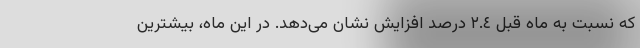
که نسبت به ماه قبل ٢.٤ درصد افزایش نشان می‌دهد. در این ماه، بیشترین